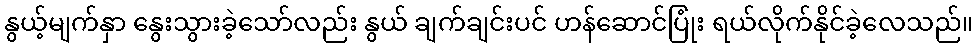
နွယ့်မျက်နှာ နွေးသွားခဲ့သော်လည်း နွယ် ချက်ချင်းပင် ဟန်ဆောင်ပြုံး ရယ်လိုက်နိုင်ခဲ့လေသည်။